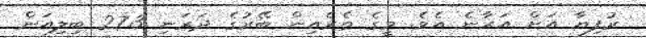
ރުފިޔާ އަށް އަރާނެ އެވެ. މީގެ ތެރެއިން ބޭރުގެ ދަރަނި 27.3 ބިލިއަން